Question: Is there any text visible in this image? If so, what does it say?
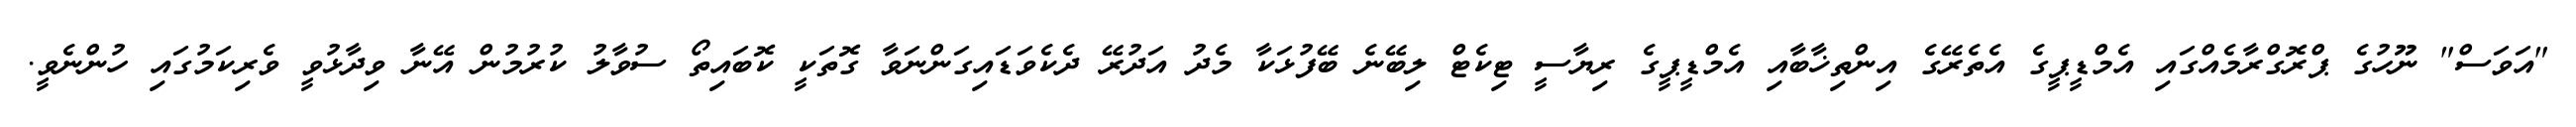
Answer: "އަވަސް" ނޫހުގެ ޕްރޮގްރާމެއްގައި އެމްޑީޕީގެ އެތެރޭގެ އިންތިޚާބާއި އެމްޑީޕީގެ ރިޔާސީ ޓިކެޓް ލިބޭނެ ބޭފުޅަކާ މެދު އަދުރޭ ދެކެވަޑައިގަންނަވާ ގޮތަކީ ކޮބައިތޯ ސުވާލު ކުރުމުން އޭނާ ވިދާޅުވީ ވެރިކަމުގައި ހުންނެވީ.